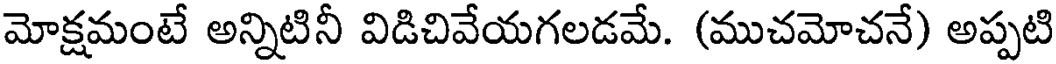
మోక్షమంటే అన్నిటినీ విడిచివేయగలడమే. (ముచమోచనే) అప్పటి